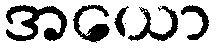
အယော